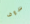
سوف